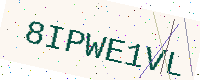
Text: 8IPWE1VL